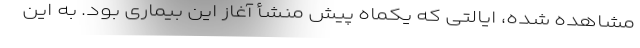
مشاهده شده، ایالتی که یکماه پیش منشأ آغاز این بیماری بود. به این